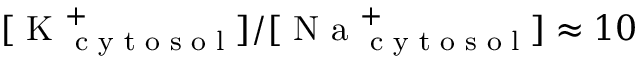
[ \textrm { K } _ { \textrm { c y t o s o l } } ^ { + } ] / [ \textrm { N a } _ { \textrm { c y t o s o l } } ^ { + } ] \approx 1 0